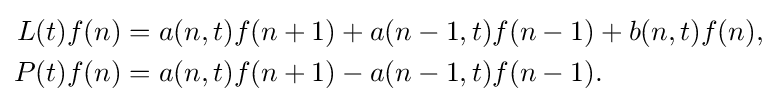
{\begin{aligned}L(t)f(n)&=a(n,t)f(n+1)+a(n-1,t)f(n-1)+b(n,t)f(n),\\P(t)f(n)&=a(n,t)f(n+1)-a(n-1,t)f(n-1).\end{aligned}}